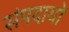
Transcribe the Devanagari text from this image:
संपदायों